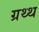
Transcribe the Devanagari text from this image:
ग्रथ्थ